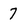
Character: 7